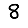
Digit: 8